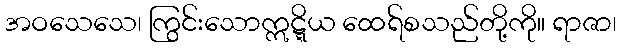
အဝသေသေ၊ ကြွင်းသောဣဋ္ဋိယ ထေရ်စသည်တို့ကို။ ရာဇာ၊